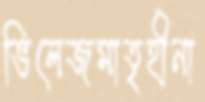
ভিলেজমাতৃহীনা